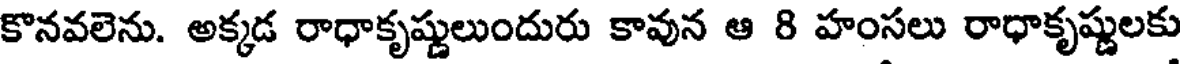
కొనవలెను. అక్కడ రాధాకృష్ణులుందురు కావున ఆ 8 హంసలు రాధాకృష్ణులకు